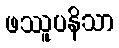
ဖဿူပနိသာ